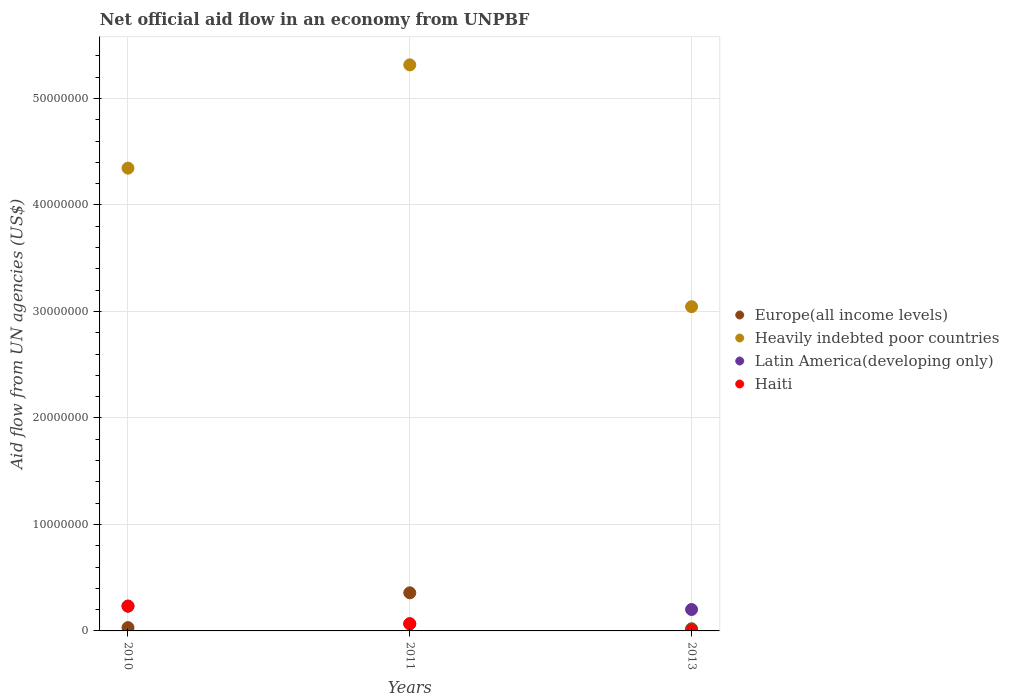
| Years | Europe(all income levels) | Heavily indebted poor countries | Latin America(developing only) | Haiti |
 | --- | --- | --- | --- | --- |
 | 2010 | 3.1e+05 | 4.35e+07 | 2.33e+06 | 2.33e+06 |
 | 2011 | 3.58e+06 | 5.32e+07 | 6.7e+05 | 6.7e+05 |
 | 2013 | 2e+05 | 3.04e+07 | 2.01e+06 | 2e+04 |